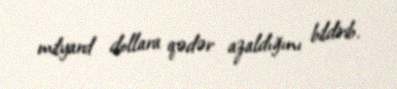
milyard dollara qədər azaldığını bildirib.